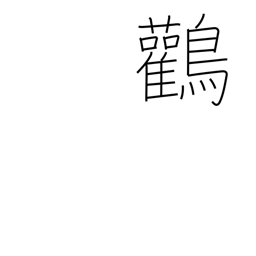
Meaning: Japanese stork